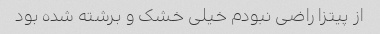
از پیتزا راضی نبودم خیلی خشک و برشته شده بود